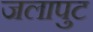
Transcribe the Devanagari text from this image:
जलापुट